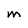
Character: m